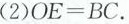
(2)$$O E = B C$$